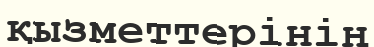
қызметтерінің